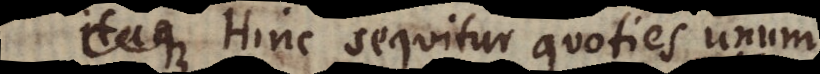
. Hinc sequitur quoties unum